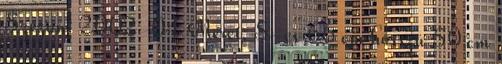
Szezon: 2002-04 Méret: S-es 66 cm hosszú 50 cm